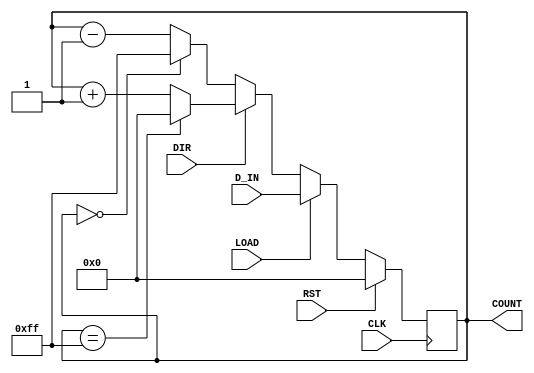
module UpDownCounter #(
    parameter N = 8 // Parameter to define bit-width of counter
)(
    input wire CLK,          // Clock signal
    input wire RST,          // Reset signal (active high)
    input wire DIR,          // Direction control (1 for up, 0 for down)
    input wire LOAD,         // Load signal (active high)
    input wire [N-1:0] D_IN, // Data input for loading preset value
    output reg [N-1:0] COUNT // Counter output
);

    // Internal counter register
    reg [N-1:0] counter_reg;

    // Synchronous logic for the counter
    always @(posedge CLK) begin
        if (RST) begin
            // Reset the counter to zero
            counter_reg <= 0;
        end else if (LOAD) begin
            // Load the value from D_IN into the counter
            counter_reg <= D_IN;
        end else begin
            // Counting logic
            if (DIR) begin
                // Up counting
                counter_reg <= (counter_reg == {N{1'b1}}) ? 0 : counter_reg + 1; // Wrap around on overflow
            end else begin
                // Down counting
                counter_reg <= (counter_reg == 0) ? {N{1'b1}} : counter_reg - 1; // Wrap around on underflow
            end
        end
    end

    // Assign counter output
    assign COUNT = counter_reg;

endmodule